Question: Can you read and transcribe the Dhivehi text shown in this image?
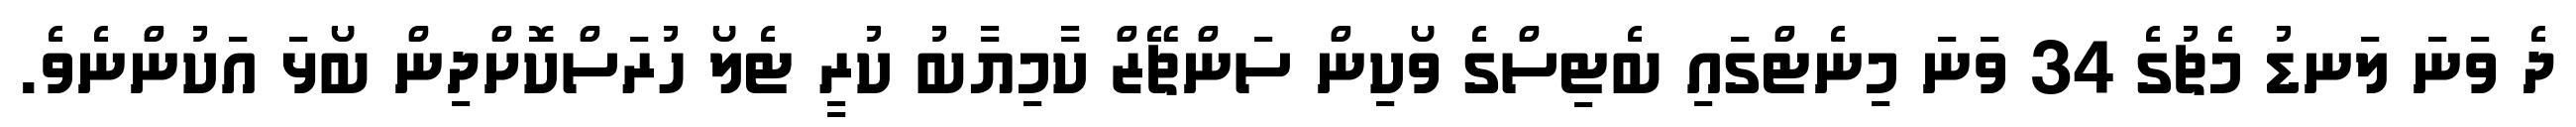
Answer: ދެ ވަނަ ލަނޑު މެޗުގެ 34 ވަނަ މިނެޓްގައި ބެޓިސްގެ ވޯކިން ސަންޗޭޒް ކާމިޔާބު ކުރީ ޓެލޯ ހުރަސްކޮށްދިން ބޯޅަ އަކުންނެވެ.